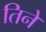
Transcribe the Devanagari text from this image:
तिनेे